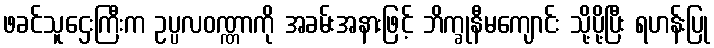
ဖခင်သူဌေးကြီးက ဥပ္ပလဝဏ္ဏာကို အခမ်းအနားဖြင့် ဘိက္ခုနီမကျောင်း သို့ပို့ပြီး ရဟန်းပြု